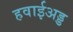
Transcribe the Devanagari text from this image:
हवाईअड्ड